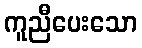
ကူညီပေးသော